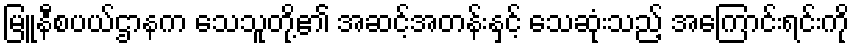
မြူနီစပယ်ဌာနက သေသူတို့၏ အဆင့်အတန်းနှင့် သေဆုံးသည့် အကြောင်းရင်းကို